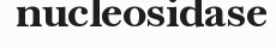
nucleosidase